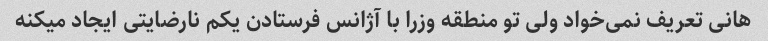
هانی تعریف نمی‌خواد ولی تو منطقه وزرا با آژانس فرستادن یکم نارضایتی ایجاد میکنه